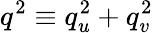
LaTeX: q^{2}\equiv q_{u}^{2}+q_{v}^{2}